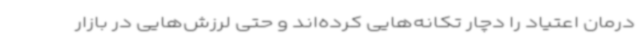
درمان اعتیاد را دچار تکانه‌هایی کرده‌اند و حتی لرزش‌هایی در بازار